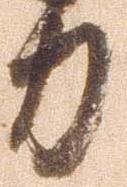
力